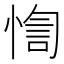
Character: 𢝁